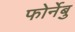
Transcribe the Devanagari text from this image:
फोर्नेबु